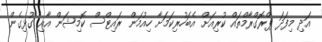
އަދި މިފަދަ ޕްރޮގްރާމްތައް ކުރިއަށް އެބަހުރިކަމަށާ ހިއުމަން ރައިޓްސް ކޮމިޝަން އާއި ގުޅިގެން